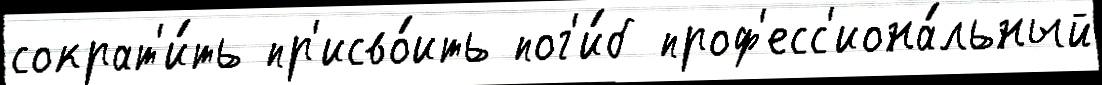
сократ'и́ть пр'исво́ить пог'и́б проф'есс'иона́льный